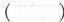
（）